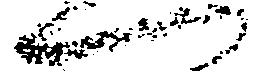
へ